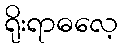
ရိုးရာဓလေ့